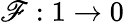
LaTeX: \mathscr{F}:1\rightarrow0